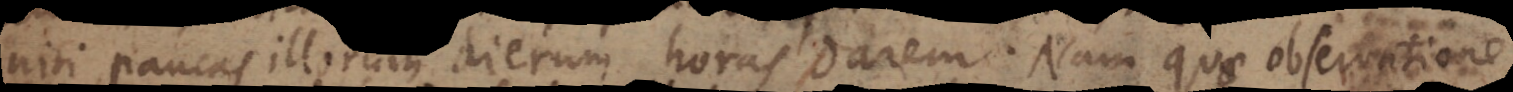
nisi paucas illorum dierum horas darem. Nam quae observatione